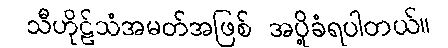
သီဟိုဠ်သံအမတ်အဖြစ် အပို့ခံရပါတယ်။